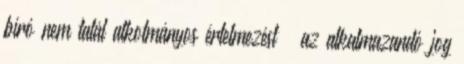
bíró nem talál alkotmányos értelmezést – az alkalmazandó jog